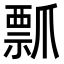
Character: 𭶶